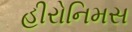
હીરોનિમસ